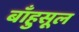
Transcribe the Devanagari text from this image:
बाँहुसूल